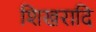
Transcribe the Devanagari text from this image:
शिखरादि